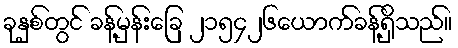
ခုနှစ်တွင် ခန့်မှန်းခြေ ၂၁၅၄၂၆ယောက်ခန့်ရှိသည်။